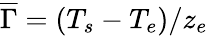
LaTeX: \overline{{\Gamma}}=(T_{s}-T_{e})/z_{e}